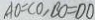
A D = C O , B O = D O